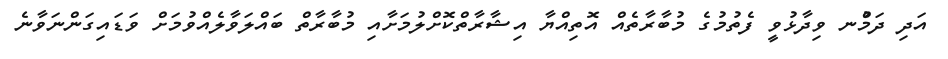
އަދި ދަމުްނ ވިދާޅުވީ ފެތުމުގެ މުބާރާތެއް އޮތިއްޔާ އިޝާރާތްކޮށްލުމަށާއި މުބާރާތް ބައްލަވާލެއްވުމަށް ވަޑައިގަންނަވާނެ